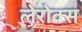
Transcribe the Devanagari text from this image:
लेरोक्स